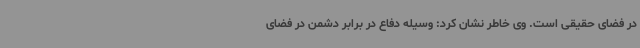
در فضای حقیقی است. وی خاطر نشان کرد: وسیله دفاع در برابر دشمن در فضای